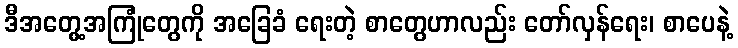
ဒီအတွေ့အကြုံတွေကို အခြေခံ ရေးတဲ့ စာတွေဟာလည်း တော်လှန်ရေး၊ စာပေနဲ့